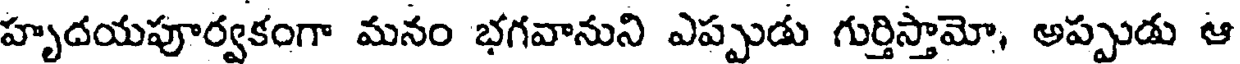
హృదయపూర్వకంగా మనం భగవానుని ఎప్పుడు గుర్తిస్తామో, అప్పుడు ఆ